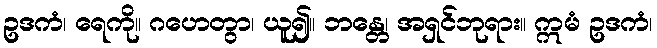
ဥဒကံ၊ ရေကို။ ဂဟေတွာ၊ ယူ၍။ ဘန္တေ၊ အရှင်ဘုရား။ ဣမံ ဥဒကံ၊